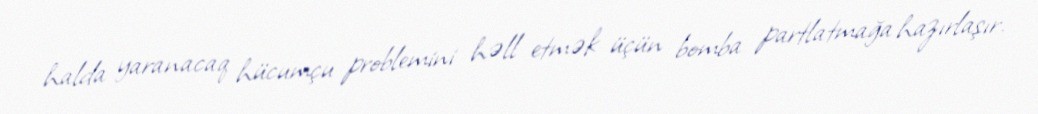
halda yaranacaq hücumçu problemini həll etmək üçün bomba partlatmağa hazırlaşır.